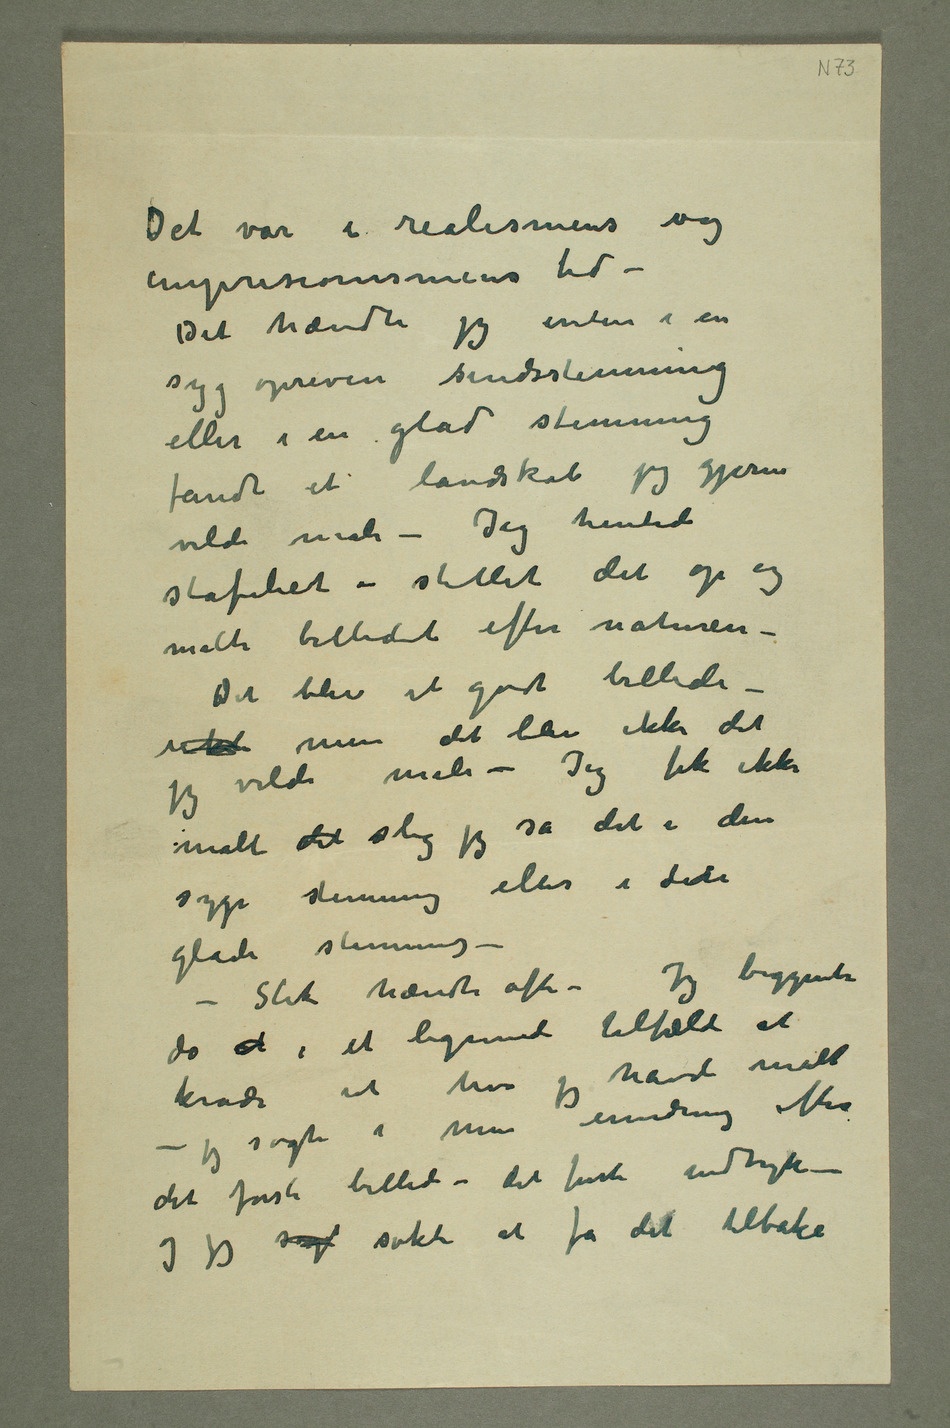
Det var i realismens og
impresionismens tid –
Det hændte jeg enten i en
syg opreven sindsstemning
eller i en glad stemning
fandt et landskab jeg gjerne
vilde male – Jeg hentede
stafeliet – stillet det op og
malte billedet efter naturen –
Det blev et godt billede
jeg vilde male – Jeg fik ikke
malt det slig jeg så det i den
syge stemning eller i detn
glade stemning –
– Slik hændte ofte – Jeg begynte
da at i et lignende tilfælde at
kradse ut hva jeg havde malt
– jeg søgte i min erindring efter
det første billede – det første indtryk –
og jeg søgt søkte at få det tilbake